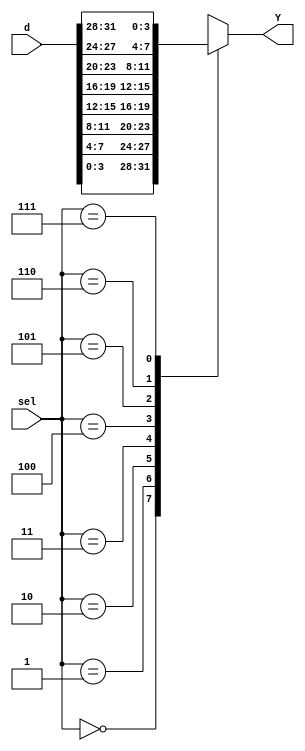
module mux_8to1(
    input [2:0] sel,
    input [31:0] d,
    output reg [3:0] Y
    );
    
    always @ ( sel or d )
        case ( sel )
            3'b000 : Y = d[3:0]  ;
            3'b001 : Y = d[7:4]  ;
            3'b010 : Y = d[11:8] ;
            3'b011 : Y = d[15:12];
            3'b100 : Y = d[19:16];
            3'b101 : Y = d[23:20];
            3'b110 : Y = d[27:24];
            3'b111 : Y = d[31:28];
            default: Y = 4'b0000 ;
        endcase
    
endmodule